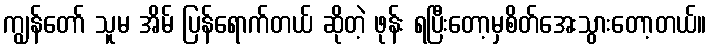
ကျွန်တော် သူမ အိမ် ပြန်ရောက်တယ် ဆိုတဲ့ ဖုန်း ရပြီးတော့မှစိတ်အေးသွားတော့တယ်။